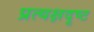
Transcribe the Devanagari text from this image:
प्रत्यक्षदृष्ट